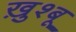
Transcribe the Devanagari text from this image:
ख़ुश्बू